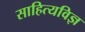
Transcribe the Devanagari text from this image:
साहित्यविज्ञ